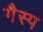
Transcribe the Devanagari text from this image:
गैस्प